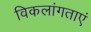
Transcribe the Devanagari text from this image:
विकलांगताएं